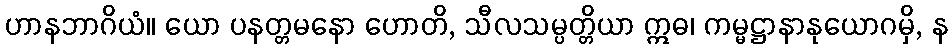
ဟာနဘာဂိယံ။ ယော ပနတ္တမနော ဟောတိ, သီလသမ္ပတ္တိယာ ဣဓ၊ ကမ္မဋ္ဌာနာနုယောဂမှိ, န